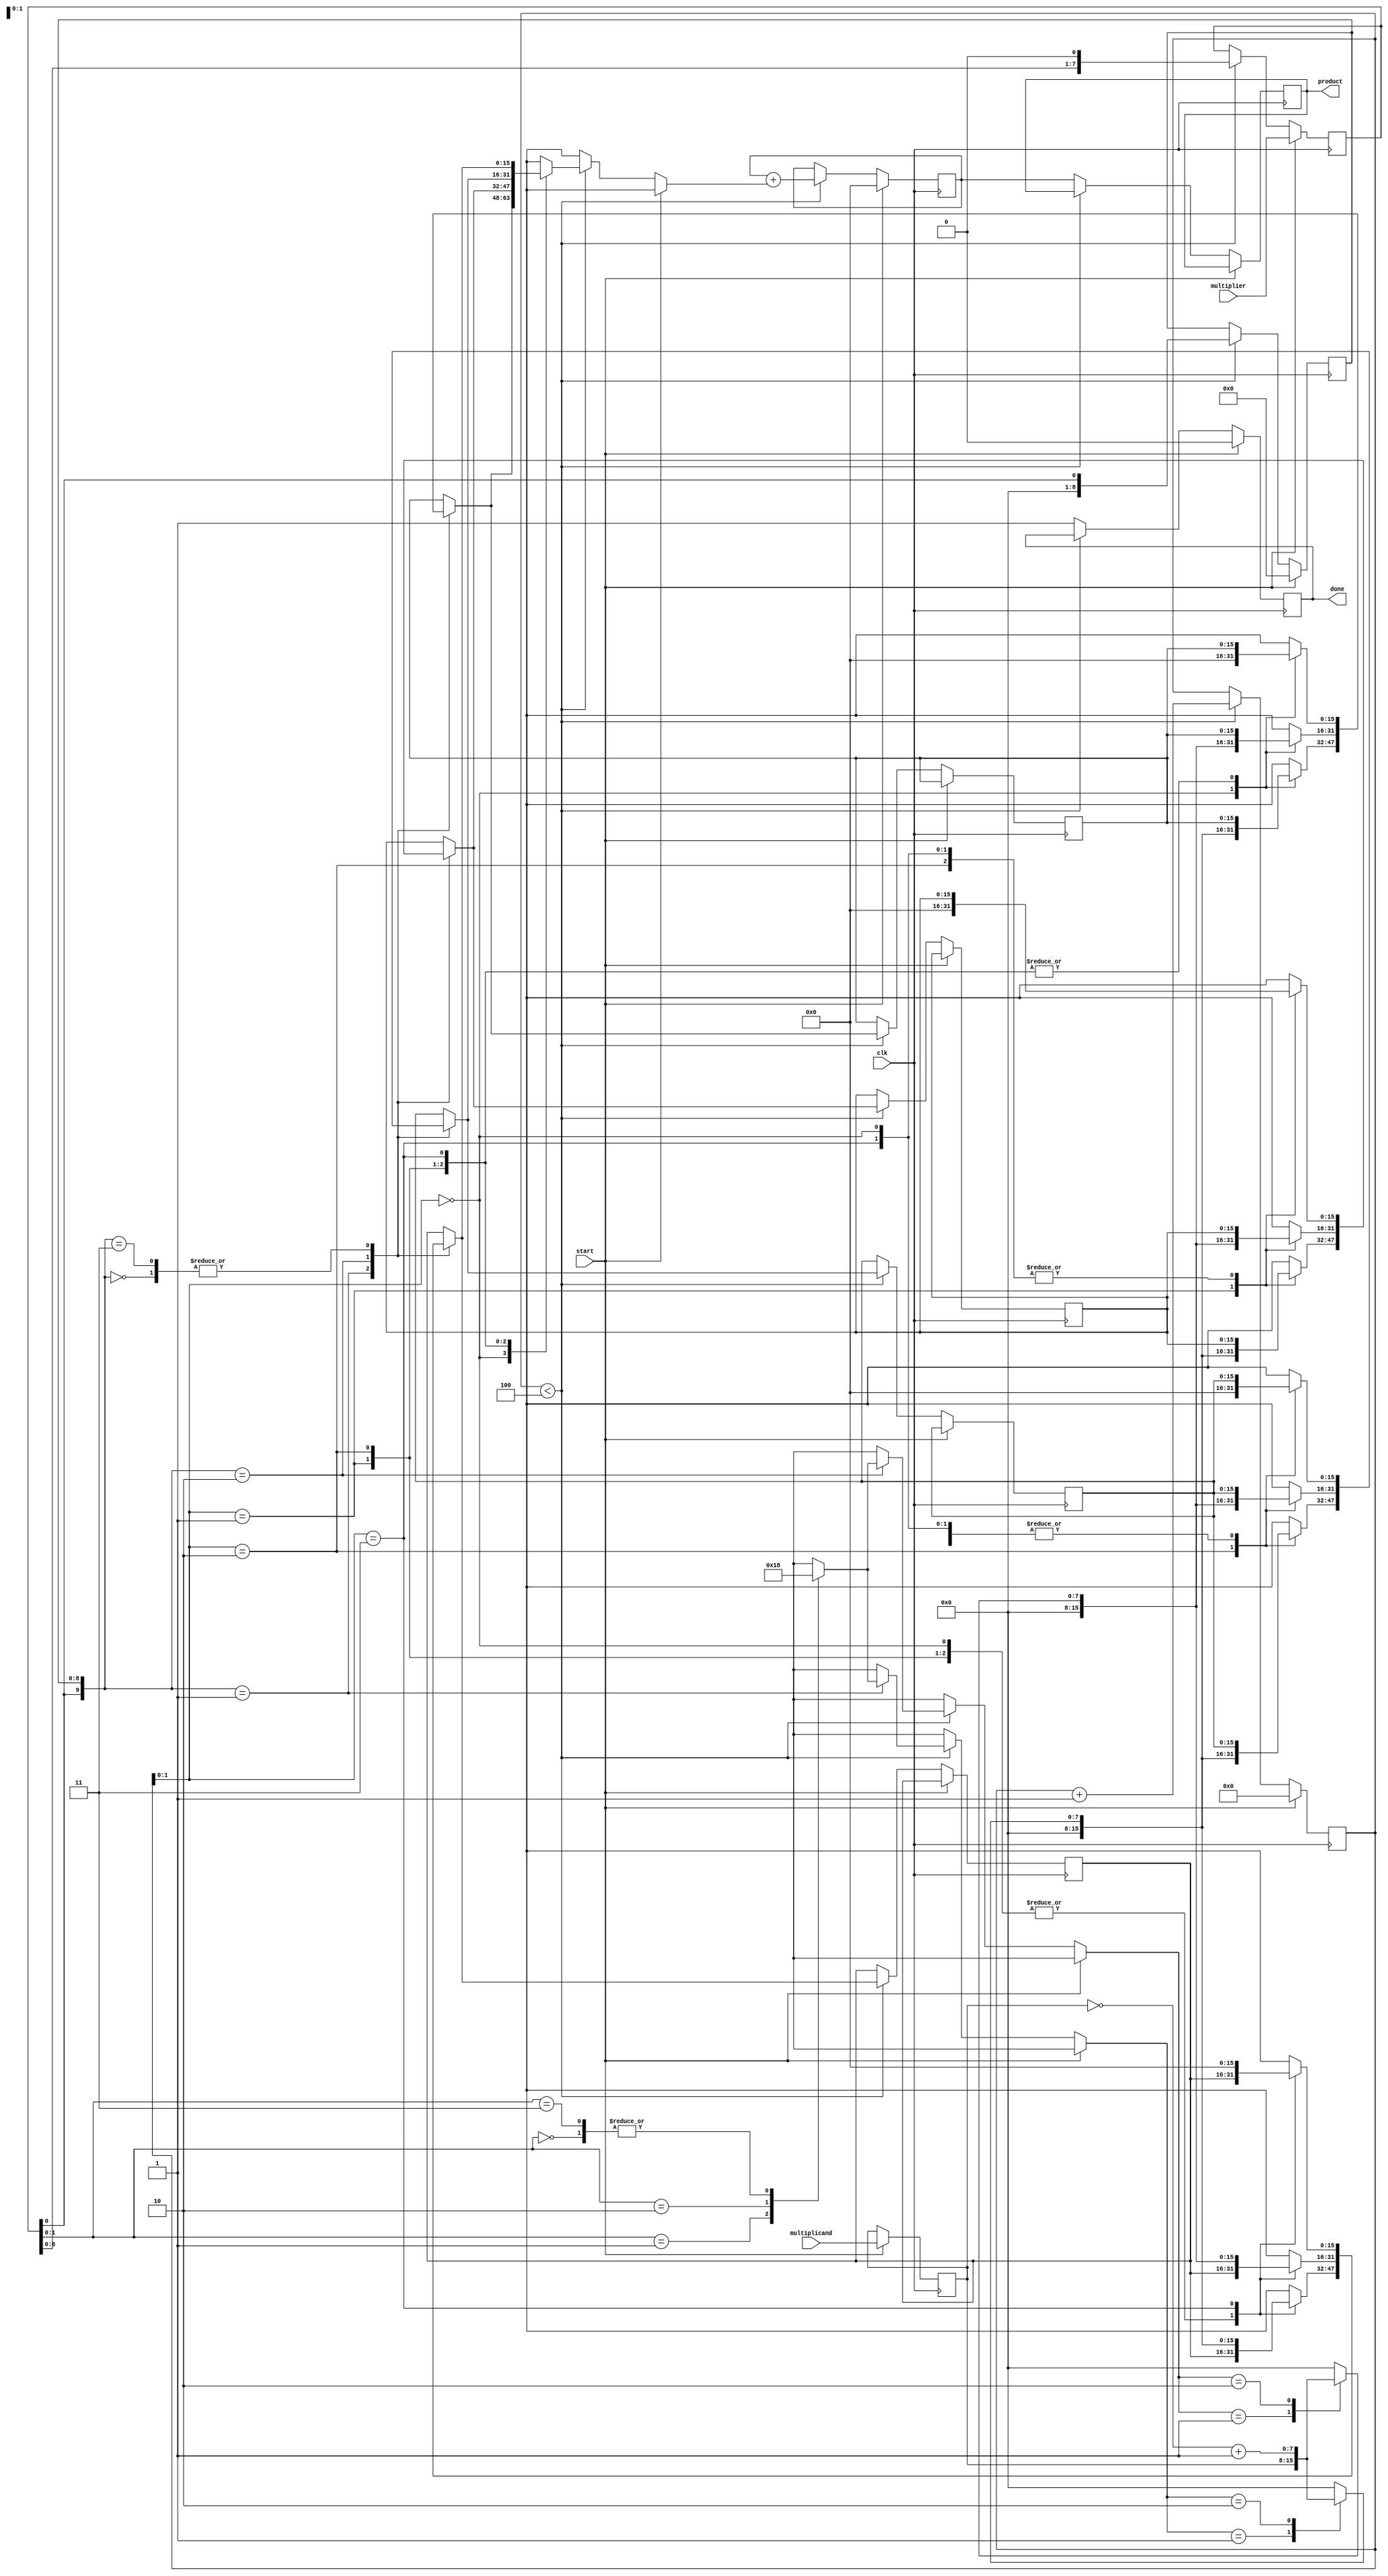
module radix4_multiplier #(parameter WIDTH = 8)(
    input wire [WIDTH-1:0] multiplicand,
    input wire [WIDTH-1:0] multiplier,
    input wire clk,
    input wire start,
    output reg [2*WIDTH-1:0] product,
    output reg done
);

    reg [WIDTH-1:0] A; // Multiplicand
    reg [WIDTH-1:0] Q; // Multiplier
    reg [WIDTH:0] Q_1; // Q-1 (previous Q bit)
    reg [2*WIDTH-1:0] P; // Product
    reg [2*WIDTH-1:0] partial_product [0:(WIDTH/2) - 1]; // Partial products
    reg [3:0] count; // Counter for iterations

    // Booth Encoder
    function [1:0] booth_encode;
        input [1:0] bits;
        begin
            case (bits)
                2'b00: booth_encode = 2'b00; // 0
                2'b01: booth_encode = 2'b01; // +1
                2'b10: booth_encode = 2'b10; // -1
                2'b11: booth_encode = 2'b00; // 0
            endcase
        end
    endfunction

    // Partial Product Generation
    function [WIDTH-1:0] generate_partial_product;
        input [1:0] encode;
        begin
            case (encode)
                2'b01: generate_partial_product = A; // +A
                2'b10: generate_partial_product = ~A + 1; // -A
                default: generate_partial_product = 0; // 0
            endcase
        end
    endfunction

    // Main operation
    always @(posedge clk) begin
        if (start) begin
            A <= multiplicand;
            Q <= multiplier;
            Q_1 <= 1'b0;
            P <= 0;
            count <= 0;
            done <= 0;
        end else if (count < WIDTH/2) begin
            // Booth encoding
            case ({Q[0], Q_1})
                2'b00: partial_product[count] = 0;
                2'b01: partial_product[count] = generate_partial_product(booth_encode({Q[1], Q[0]}));
                2'b10: partial_product[count] = generate_partial_product(booth_encode({Q[1], Q[0]}));
                2'b11: partial_product[count] = 0;
            endcase
            
            // Shift right (for next iteration)
            P = P + partial_product[count];
            Q_1 = Q[0];
            Q = {Q[WIDTH-2:0], 1'b0}; // Shift Q right
            count = count + 1;
        end else begin
            product <= P; // Final product
            done <= 1; // Indicate completion
        end
    end

endmodule